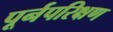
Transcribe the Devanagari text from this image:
पूर्नपरिक्षण